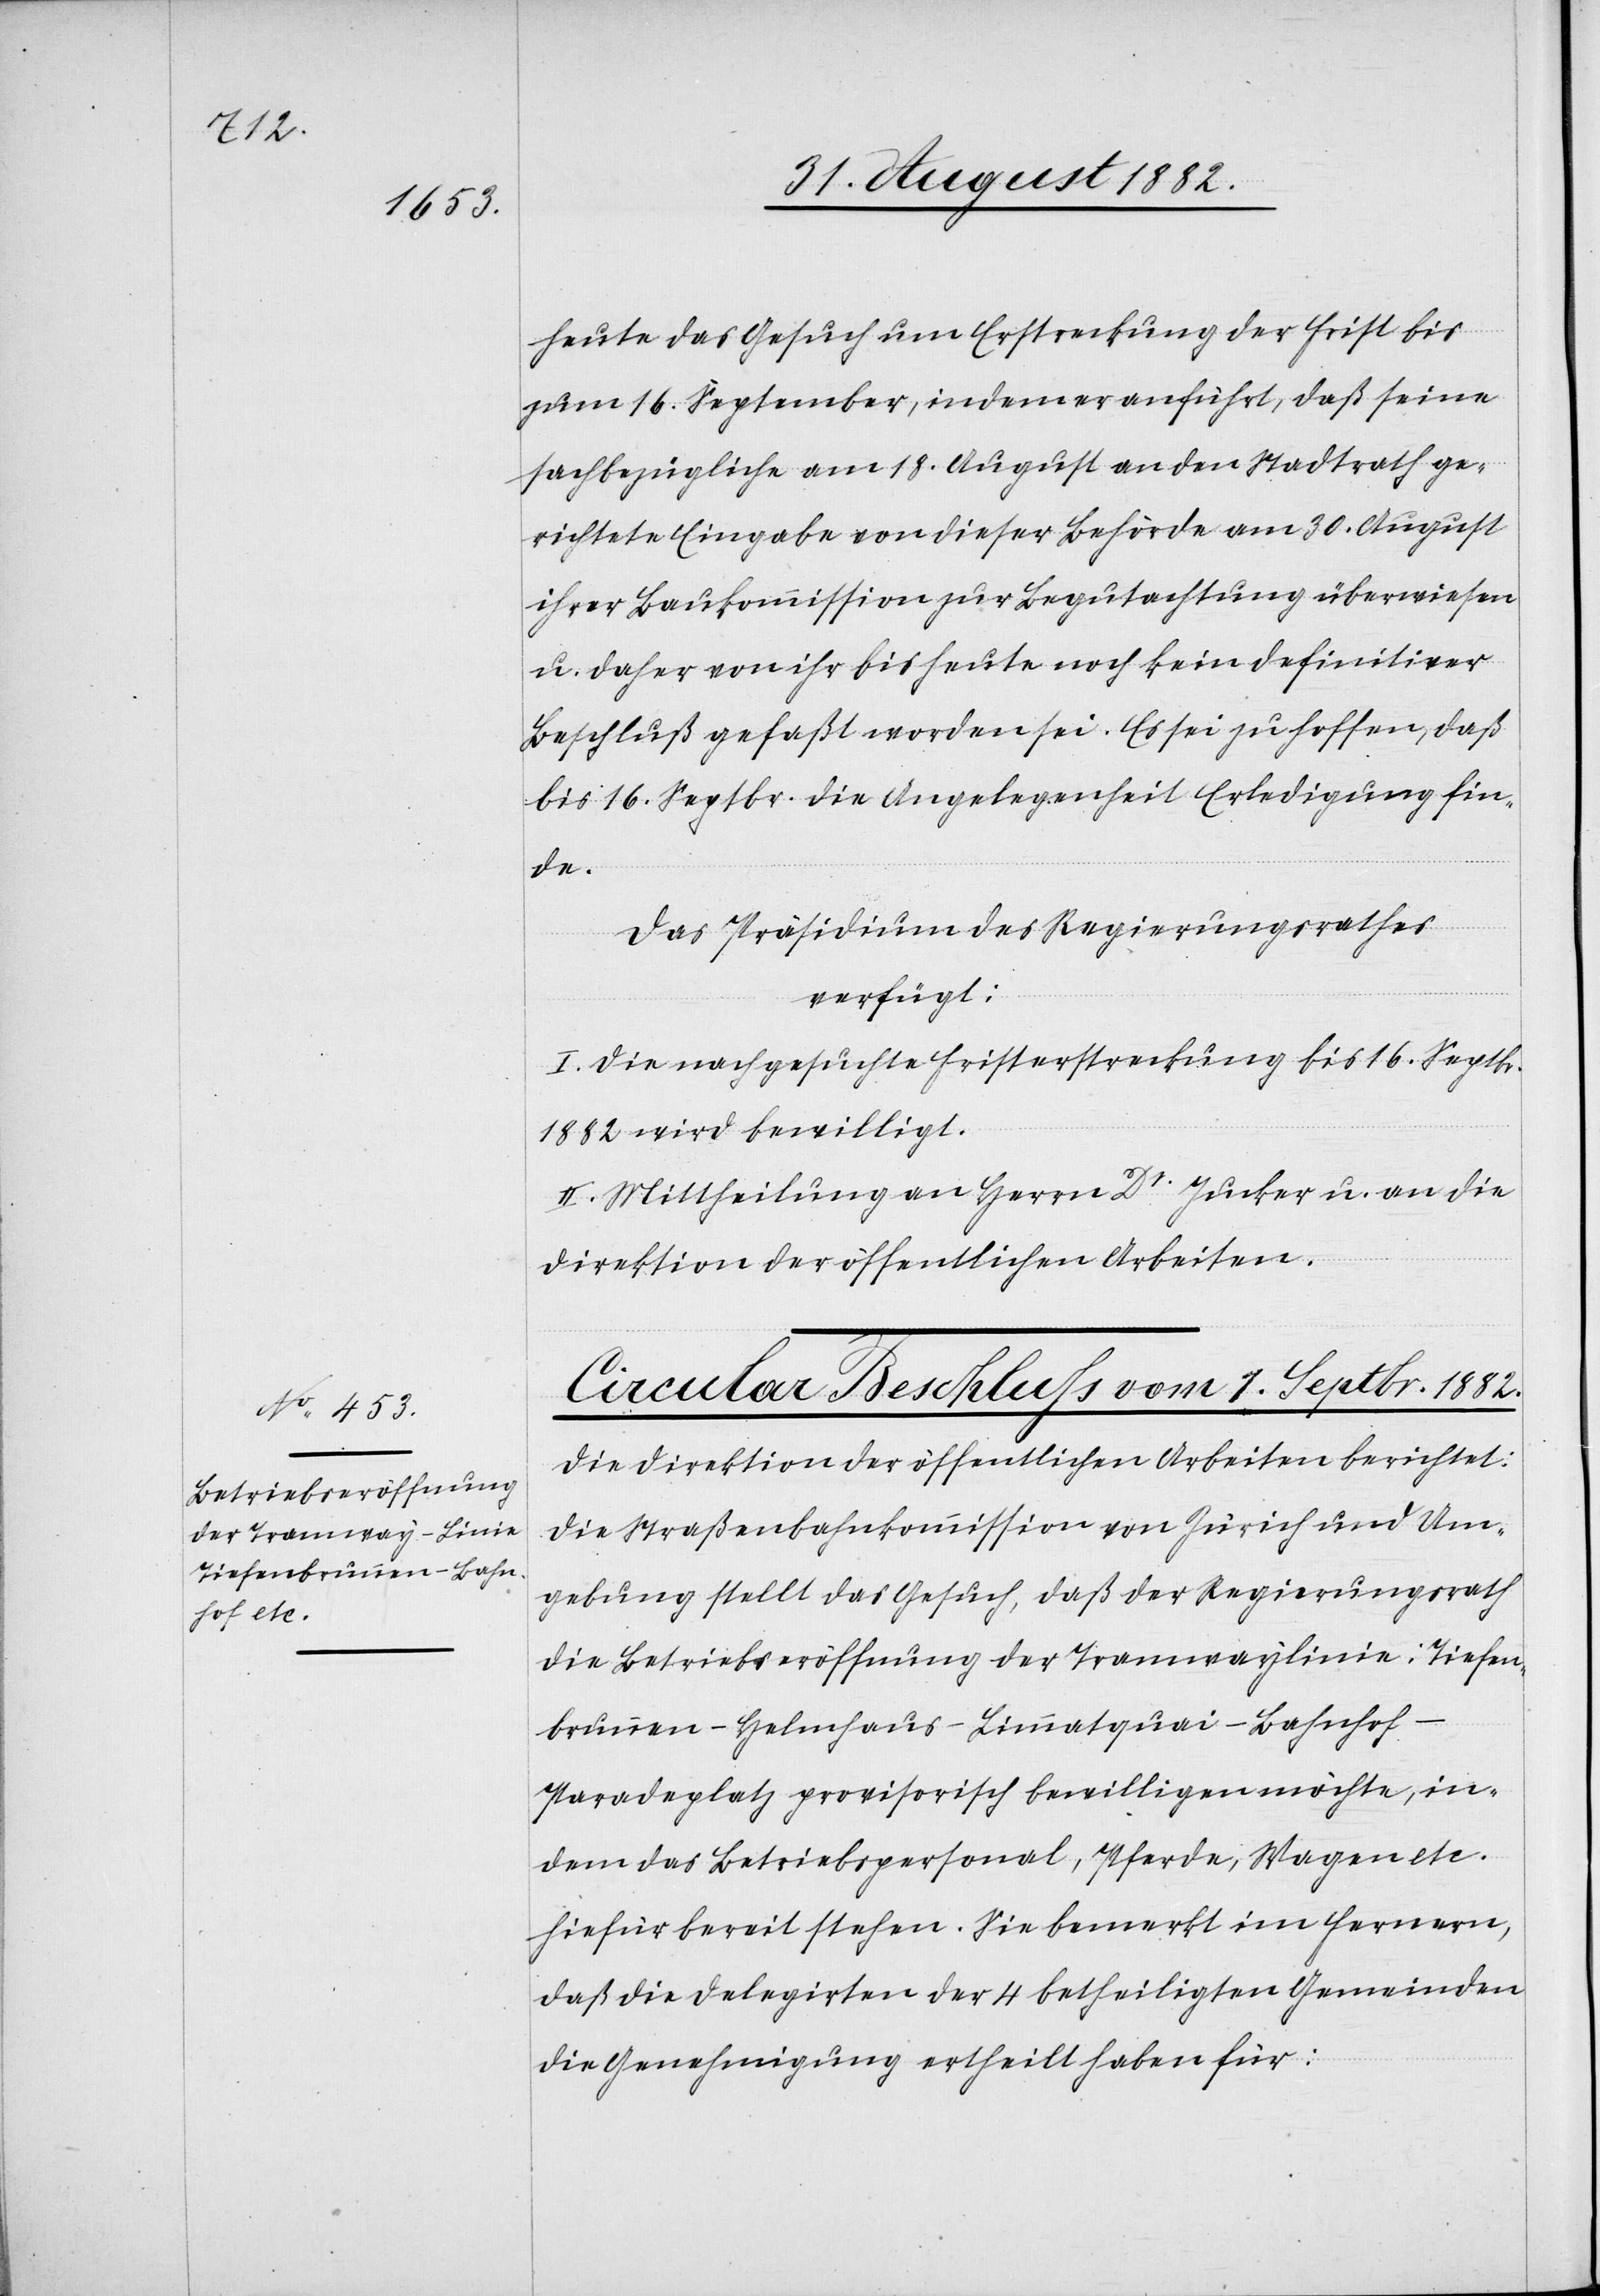
heute das Gesuch um Erstreckung der Frist bis
zum 16. September, indem er anführt, daß seine
sachbezügliche am 18. August an den Stadtrath ge¬
richtete Eingabe von dieser Behörde am 30. August
ihrer Baukommission zur Begutachtung überwiesen
u. daher von ihr bis heute noch kein definitiver
Beschluß gefaßt worden sei. Es sei zu hoffen, daß
bis 16. Septbr. die Angelegenheit Erledigung fin¬
de.
Das Präsidium des Regierungsrathes
verfügt:
I. Die nachgesuchte Fristerstreckung bis 16. Septbr.
1882 wird bewilligt.
II. Mittheilung an Herrn Dr Jucker u. an die
Direktion der öffentlichen Arbeiten.
Circular Beschluß vom 1. Septbr. 1882.
Die Direktion der öffentlichen Arbeiten berichtet:
Die Straßenbahnkommission von Zürich und Um¬
gebung stellt das Gesuch, daß der Regierungsrath
die Betriebseröffnung der Tramwaylinie: Tiefen¬
brunnen–Helmhaus–Limmatquai–Bahnhof–P¬
aradeplatz provisorisch bewilligen möchte, in¬
dem das Betriebspersonal, Pferde, Wagen etc.
hiefür bereit stehen. Sie bemerkt im Fernern,
daß die Delegirten der 4 betheiligten Gemeinden
die Genehmigung ertheilt haben für: